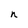
Character: n